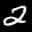
Label: 2